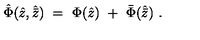
{ \hat { \Phi } } ( { \hat { z } } , { \hat { \bar { z } } } ) \ = \ \Phi ( { \hat { z } } ) \ + \ { \bar { \Phi } } ( { \hat { \bar { z } } } ) \ .